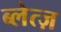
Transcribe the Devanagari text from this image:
ब्लेत्ज़